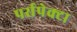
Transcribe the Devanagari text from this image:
पर्सपेक्टा